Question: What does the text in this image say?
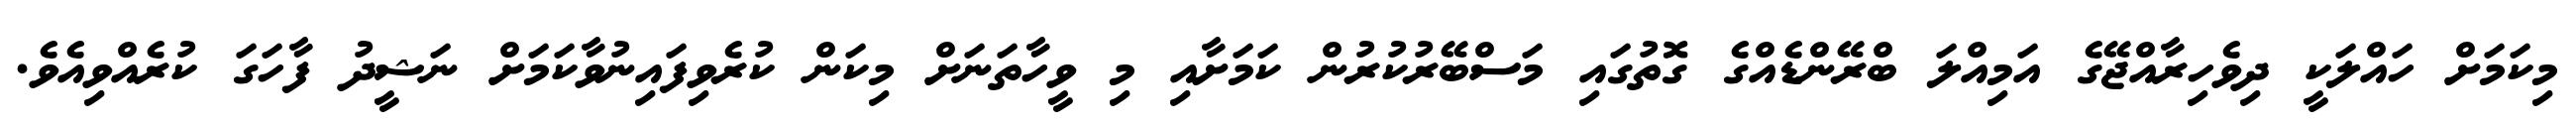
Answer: މިކަމަށް ހައްލަކީ ދިވެހިރާއްޖޭގެ އަމިއްލަ ބްރޭންޑެއްގެ ގޮތުގައި މަސްބޭރުކުރުން ކަމަށާއި މި ވީހާތަނަށް މިކަން ކުރެވިފައިނުވާކަމަށް ނަޝީދު ފާހަގަ ކުރެއްވިއެވެ.